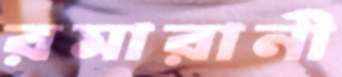
রমারানী